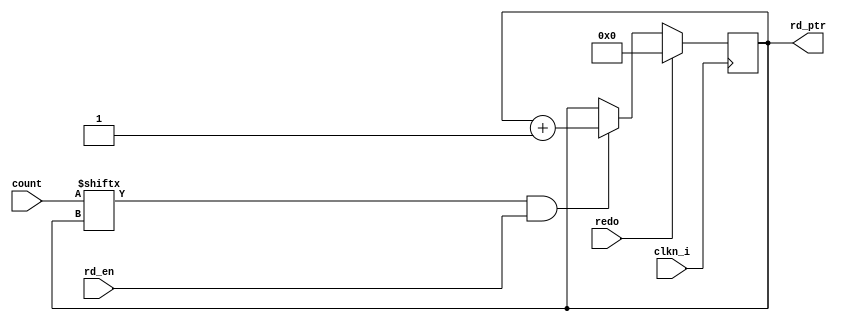
`timescale 1ns / 100ps

module Coeff_cntr #(
  parameter ADDR_LINES = 4
) (
    input wire clkn_i,
    input wire rd_en,
    input wire redo,
    input wire [(1 << ADDR_LINES) - 1:0] count,
    output wire [ADDR_LINES - 1:0] rd_ptr
);
    reg [ADDR_LINES-1:0] i;
    
    always @(posedge clkn_i) begin
        if (redo)
            i = 'b0;
        else if (count[i] && rd_en)
            i = i + 'b1;

    end
    
    assign rd_ptr = i;

endmodule